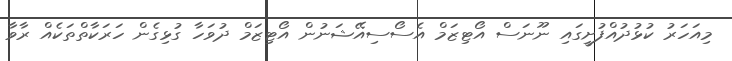
މިއަހަރު ކުޅުދުއްފުށީގައި ނޫނަސް އޯޓިޒަމް އެސޯސިއޭޝަނުން އޯޓިޒަމް ދުވަހާ ގުޅިގެން ހަރަކާތްތަކެއް ރާވާ